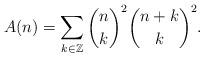
LaTeX: \begin{align*} A (n) = \sum_{k \in \mathbb{Z}} \binom{n}{k}^2 \binom{n + k}{k}^2 . \end{align*}